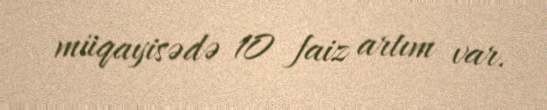
müqayisədə 10 faiz artım var.